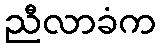
ညီလာခံက